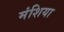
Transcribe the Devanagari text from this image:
मंशिया